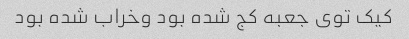
کیک توی جعبه کج شده بود وخراب شده بود